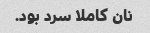
نان کاملا سرد بود.